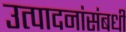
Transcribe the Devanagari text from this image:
उत्पादनांसंबधी